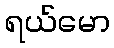
ရယ်မော